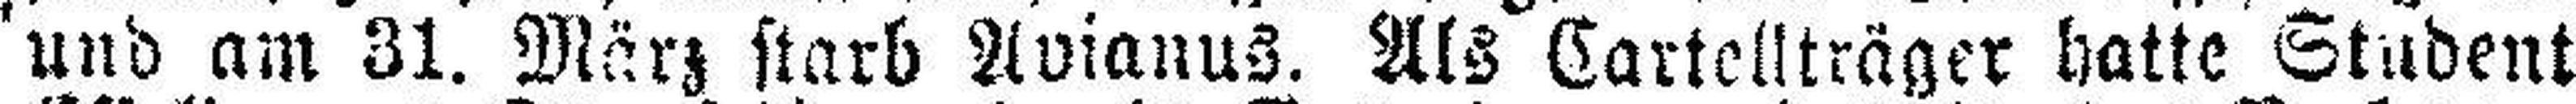
und am 31. März starb Avianus. Als Cartellträger hatte Student